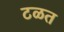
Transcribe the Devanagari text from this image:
टळत